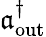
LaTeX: \mathfrak{a}_{\mathrm{{out}}}^{\dagger}